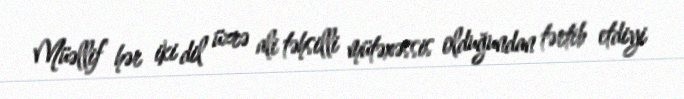
Müəllif hər iki dil üzrə ali təhsilli mütəxəssis olduğundan tərtib etdiyi